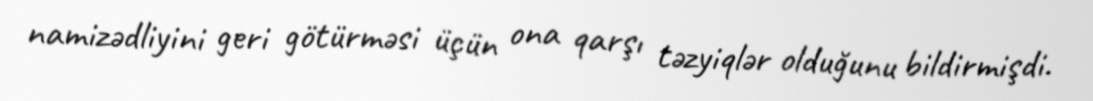
namizədliyini geri götürməsi üçün ona qarşı təzyiqlər olduğunu bildirmişdi.